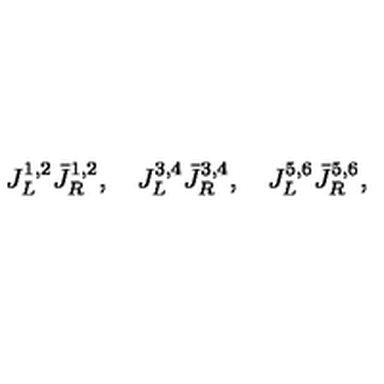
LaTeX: J _ { L } ^ { 1 , 2 } { \bar { J } } _ { R } ^ { 1 , 2 } , \quad J _ { L } ^ { 3 , 4 } { \bar { J } } _ { R } ^ { 3 , 4 } , \quad J _ { L } ^ { 5 , 6 } { \bar { J } } _ { R } ^ { 5 , 6 } ,